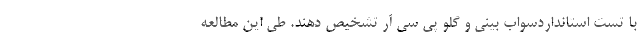
با تست استانداردسواب بینی و گلو پی سی آر تشخیص دهند. طی این مطالعه